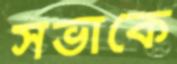
সভাকে